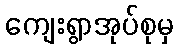
ကျေးရွာအုပ်စုမှ